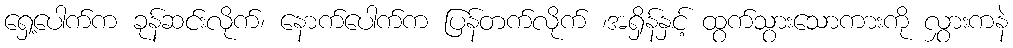
ရှေ့ပေါက်က ခုန်ဆင်းလိုက်၊ နောက်ပေါက်က ပြန်တက်လိုက် ၊အရှိန်နှင့် ထွက်သွားသောကားကို လွှားကနဲ